Structure of Hæmatopota pluvialis (Meigen) - Number 55
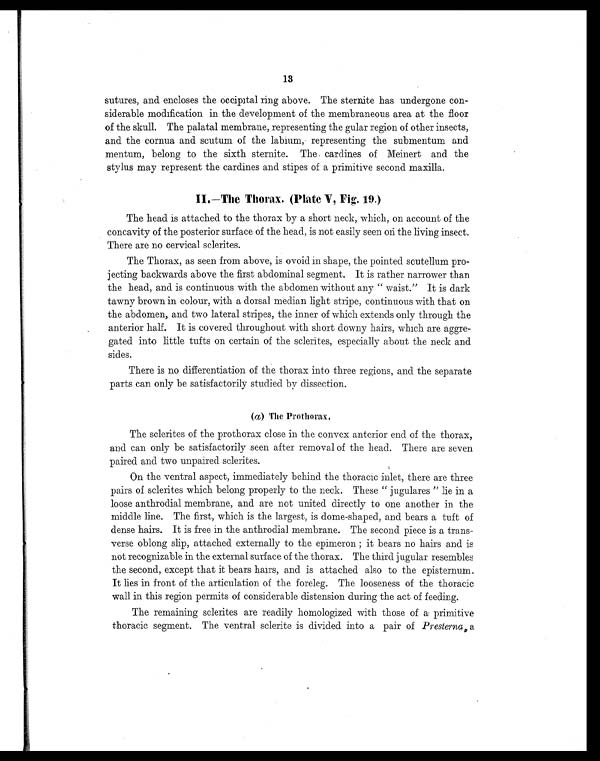
13
sutures, and encloses the occipital ring above. The sternite has undergone con-
siderable modification in the development of the membraneous area at the floor
of the skull. The palatal membrane, representing the gular region of other insects,
and the cornua and scutum of the labium, representing the submentum and
mentum, belong to the sixth sternite. The cardines of Meinert and the
stylus may represent the cardines and stipes of a primitive second maxilla.
II.—The Thorax. (Plate V, Fig. 19.)
The head is attached to the thorax by a short neck, which, on account of the
concavity of the posterior surface of the head, is not easily seen on the living insect.
There are no cervical sclerites.
The Thorax, as seen from above, is ovoid in shape, the pointed scutellum pro-
jecting backwards above the first abdominal segment. It is rather narrower than
the head, and is continuous with the abdomen without any " waist." It is dark
tawny brown in colour, with a dorsal median light stripe, continuous with that on
the abdomen, and two lateral stripes, the inner of which extends only through the
anterior half. It is covered throughout with short downy hairs, which are aggre-
gated into little tufts on certain of the sclerites, especially about the neck and
sides.
There is no differentiation of the thorax into three regions, and the separate
parts can only be satisfactorily studied by dissection.
(a) The Prothorax.
The sclerites of the prothorax close in the convex anterior end of the thorax,
and can only be satisfactorily seen after removal of the head. There are seven
paired and two unpaired sclerites.
On the ventral aspect, immediately behind the thoracic inlet, there are three
pairs of sclerites which belong properly to the neck. These " jugulares " lie in a
loose anthrodial membrane, and are not united directly to one another in the
middle line. The first, which is the largest, is dome-shaped, and bears a tuft of
dense hairs. It is free in the anthrodial membrane. The second piece is a trans-
verse oblong slip, attached externally to the epimeron ; it bears no hairs and is
not recognizable in the external surface of the thorax. The third jugular resembles
the second, except that it bears hairs, and is attached also to the episternum.
It lies in front of the articulation of the foreleg. The looseness of the thoracic
wall in this region permits of considerable distension during the act of feeding.
The remaining sclerites are readily homologized with those of a primitive
thoracic segment. The ventral sclerite is divided into a pair of Presterna a